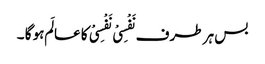
بس ہر طرف نَفْسِیْ نَفْسِیْ کا عالَم ہو گا ۔